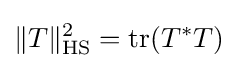
\|T\|_{\text{HS}}^{2}=\operatorname {tr} (T^{*}T)